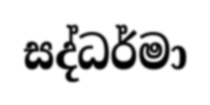
සද්ධර්මා